Problem: 132 ÷ 12 = ?
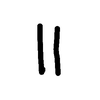
Handwritten answer: 11